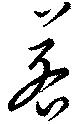
若